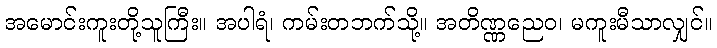
အမောင်းကူးတို့သူကြီး။ အပါရံ၊ ကမ်းတဘက်သို့။ အတိဏ္ဏညေဝ၊ မကူးမီသာလျှင်။